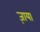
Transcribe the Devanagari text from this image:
ज़ाया